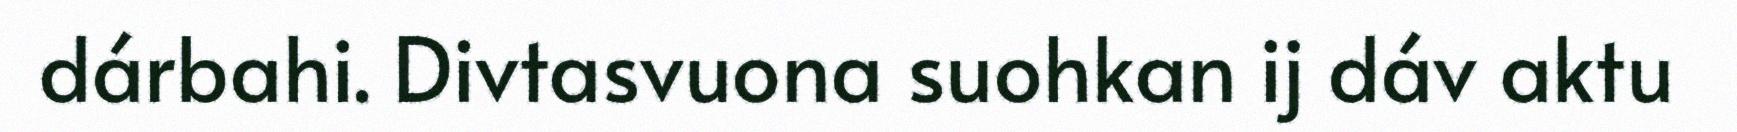
dárbahi. Divtasvuona suohkan ij dáv aktu